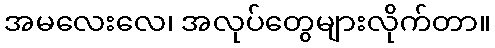
အမလေးလေ၊ အလုပ်တွေများလိုက်တာ။